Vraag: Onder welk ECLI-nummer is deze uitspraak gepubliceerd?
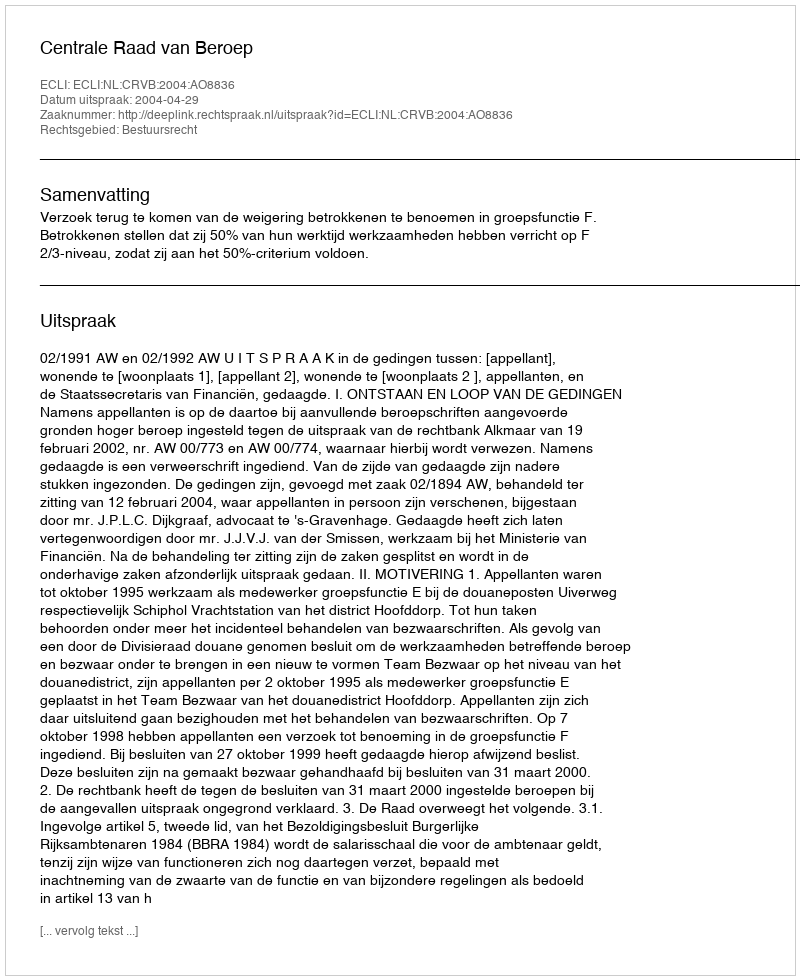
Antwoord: ECLI:NL:CRVB:2004:AO8836